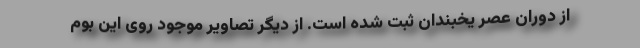
از دوران عصر یخبندان ثبت شده است. از دیگر تصاویر موجود روی این بوم